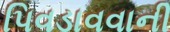
પિવડાવવાની